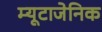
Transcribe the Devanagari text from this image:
म्यूटाजेनिक